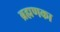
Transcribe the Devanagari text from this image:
ब्रह्मणका